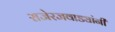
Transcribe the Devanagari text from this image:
राजेरजवाड्यांनी